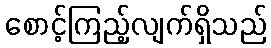
စောင့်ကြည့်လျက်ရှိသည်